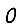
Digit: 0